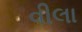
વીલા